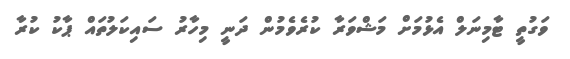
ވަގުތީ ޓާމިނަލް އެޅުމަށް މަޝްވަރާ ކުރެވެމުން ދަނީ މިހާރު ސައިކަލުތައް ޕާކު ކުރާ